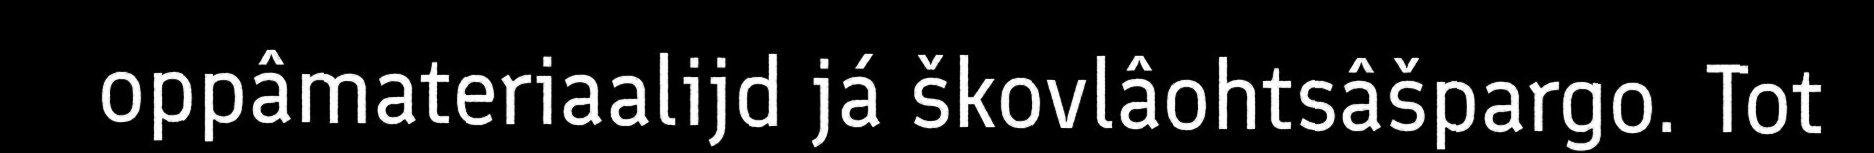
oppâmateriaalijd já škovlâohtsâšpargo. Tot